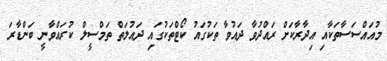
މުއައްސަސާތަކާއި އިދާރާކަށް ރައްދުވާ ދައުވާ ތަކުގައު ކޯޓްތަކުގައި ދައުލަތް ތަމްސީލް ކުރައްވާނީ ބަންޑާރަ